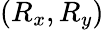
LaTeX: (R_{x},R_{y})